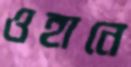
ওহানে